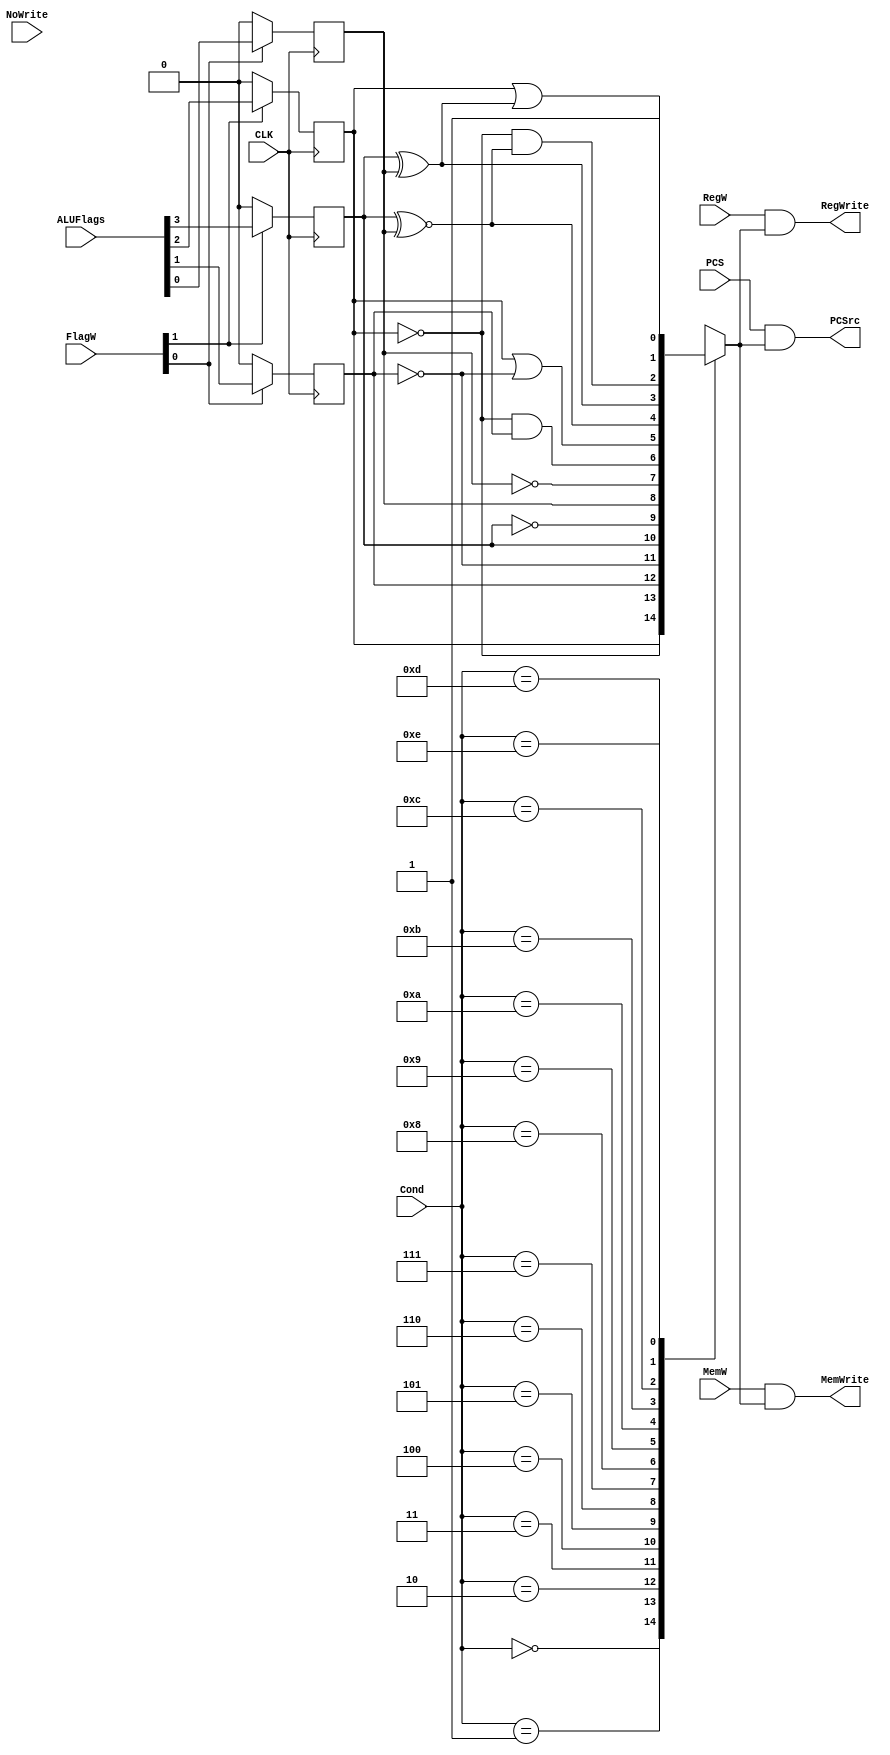
module CondLogic(
    input CLK,
    input PCS,
    input RegW,
    input NoWrite,
    input MemW,
    input [1:0] FlagW,
    input [3:0] Cond,
    input [3:0] ALUFlags,
    output PCSrc,
    output RegWrite,
    output MemWrite
    );
    
    reg CondEx ;
    reg N = 0, Z = 0, C = 0, V = 0 ;
    //<extra signals, if any>
    
    assign PCSrc = PCS & CondEx;
    assign RegWrite = RegW & CondEx;
    assign MemWrite = MemW & CondEx;
    
    always@(Cond, N, Z, C, V)
    begin
        case(Cond)
            4'b0000: CondEx <= Z ;                  // EQ  
            4'b0001: CondEx <= ~Z ;                 // NE 
            4'b0010: CondEx <= C ;                  // CS / HS 
            4'b0011: CondEx <= ~C ;                 // CC / LO  
            
            4'b0100: CondEx <= N ;                  // MI  
            4'b0101: CondEx <= ~N ;                 // PL  
            4'b0110: CondEx <= V ;                  // VS  
            4'b0111: CondEx <= ~V ;                 // VC  
            
            4'b1000: CondEx <= (~Z) & C ;           // HI  
            4'b1001: CondEx <= Z | (~C) ;           // LS  
            4'b1010: CondEx <= N ~^ V ;             // GE  
            4'b1011: CondEx <= N ^ V ;              // LT  
            
            4'b1100: CondEx <= (~Z) & (N ~^ V) ;    // GT  
            4'b1101: CondEx <= Z | (N ^ V) ;        // LE  
            4'b1110: CondEx <= 1'b1  ;              // AL 
            4'b1111: CondEx <= 1'bx ;               // unpredictable   
        endcase   
    end
    always @ (posedge CLK)
    begin
       N <= FlagW[1] ? ALUFlags[3] : 0;
       Z <= FlagW[1] ? ALUFlags[2] : 0;
       C <= FlagW[0] ? ALUFlags[1] : 0;
       V <= FlagW[0] ? ALUFlags[0] : 0;           
    end

endmodule